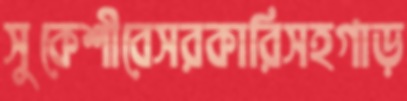
সুকেশীবেসরকারিসহগাড়